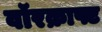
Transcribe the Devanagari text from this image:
वॉरक्राफ्ट